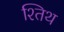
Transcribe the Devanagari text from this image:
श्तिथ